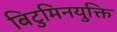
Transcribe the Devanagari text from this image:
बिटुमिनयुक्ति